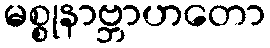
မစ္စုနာဗ္ဘာဟတော